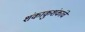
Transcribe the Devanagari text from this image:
शंकाकुशंकांचे